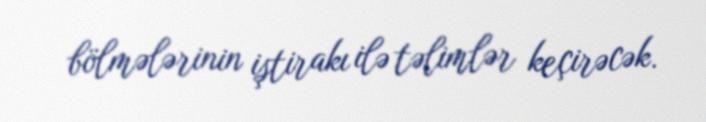
bölmələrinin iştirakı ilə təlimlər keçirəcək.